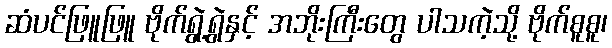
ဆံပင်ဖြူဖြူ ဗိုက်ရွဲ့ရွဲနှင့် အဘိုးကြီးတွေ ပါသကဲ့သို့ ဗိုက်စူစူ၊